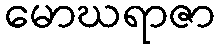
မောဃရာဇာ